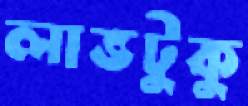
লাভটুকু